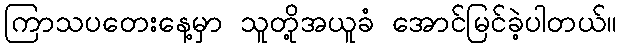
ကြာသပတေးနေ့မှာ သူတို့အယူခံ အောင်မြင်ခဲ့ပါတယ်။